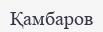
Қамбаров